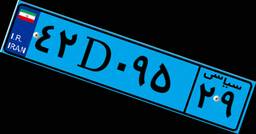
۲۱D۷۴۳۳۶